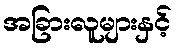
အခြားလူများနှင့်